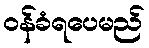
ဝန်ခံရပေမည်